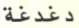
دغدغة